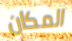
المكان